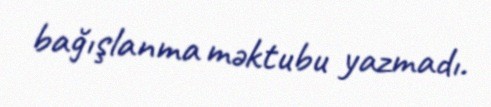
bağışlanma məktubu yazmadı.